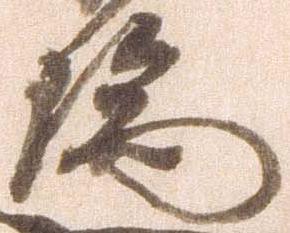
瑞